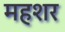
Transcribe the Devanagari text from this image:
महशर